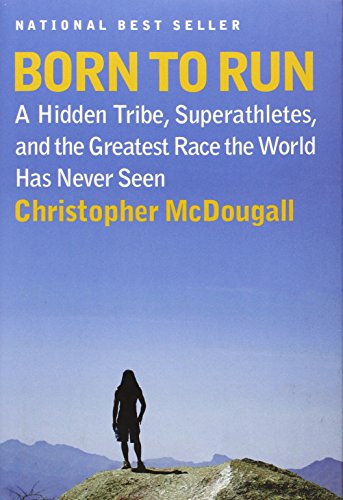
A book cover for Born to Run: A Hidden Tribe, Superathletes, and the Greatest Race the World Has Never Seen; Christopher McDougall; Sports & Outdoors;